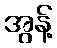
အွန့်